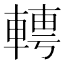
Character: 𨍘